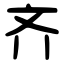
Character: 齐